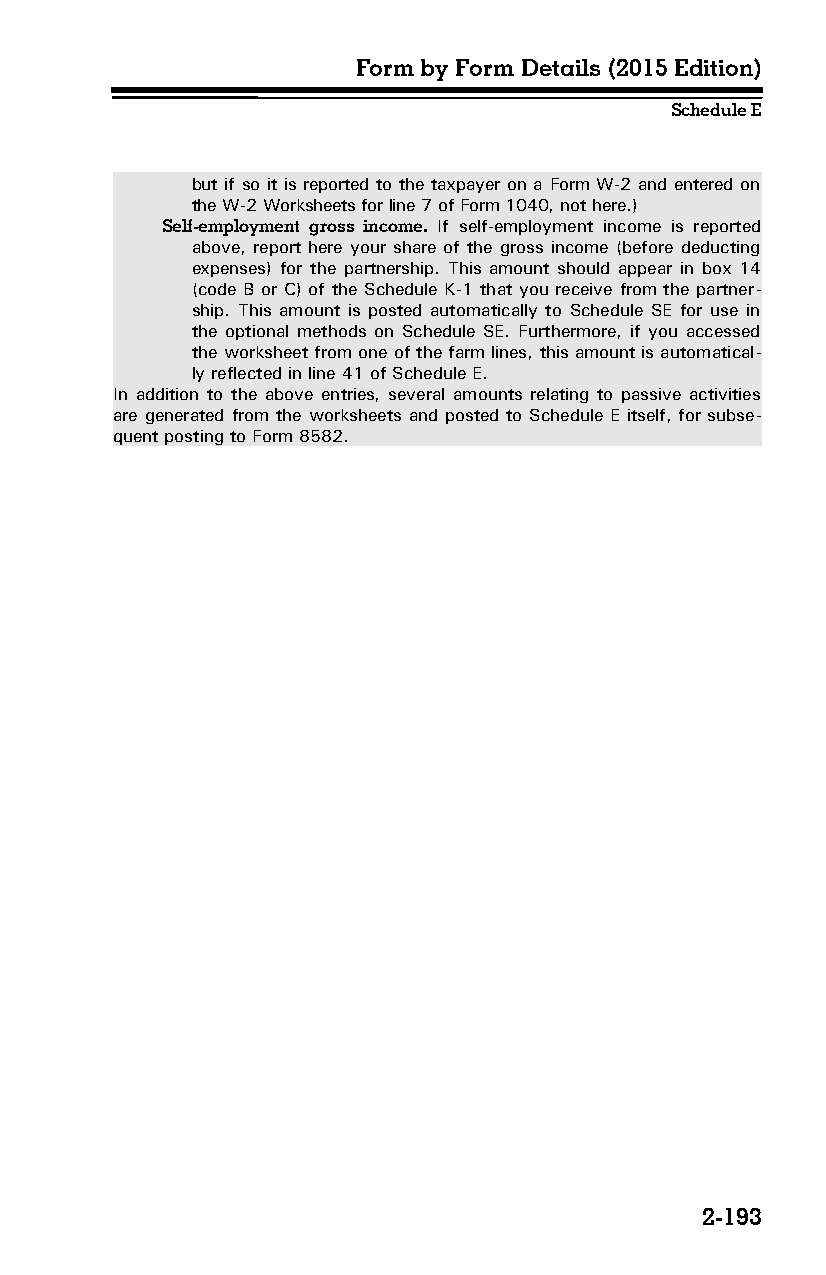
Form by Form Details (2015 Edition)
 Schedule E
 but if so it is reported to the taxpayer on a Form W-2 and entered on
 the W-2 Worksheets for line 7 of Form 1040, not here.)
 Self-employment gross income. If self-employment income is reported
 above, report here your share of the gross income (before deducting
 expenses) for the partnership. This amount should appear in box 14
 (code B or C) of the Schedule K-1 that you receive from the partner­
 ship. This amount is posted automatically to Schedule SE for use in
 the optional methods on Schedule SE. Furthermore, if you accessed
 the worksheet from one of the farm lines, this amount is automatical­
 ly reflected in line 41 of Schedule E.
 In addition to the above entries, several amounts relating to passive activities
 are generated from the worksheets and posted to Schedule E itself, for subse­
 quent posting to Form 8582.
 2-193